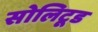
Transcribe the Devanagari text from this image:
सोलिटूड